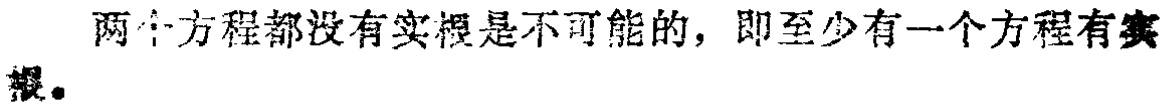
两个方程都没有实根是不可能的，即至少有一个方程有实根。